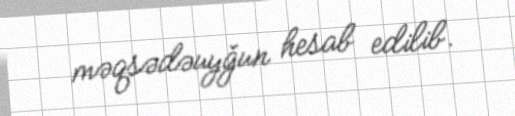
məqsədəuyğun hesab edilib.